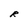
Character: R